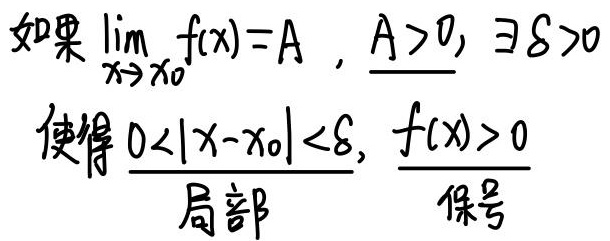
如果\(\lim_{x \to x_{0}} f(x)=A\) ，\(A>0\)，则\(\exists \delta>0\)使得当\(0<|x - x_{0}|<\delta\)时，\(f(x)>0\)。（局部保号）